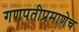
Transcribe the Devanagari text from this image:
गणपतीप्रमाणेच